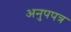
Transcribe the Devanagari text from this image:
अनुपपत्र